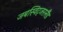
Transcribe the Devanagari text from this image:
जबस्विट्जरलैंड